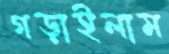
গড়াইলাম